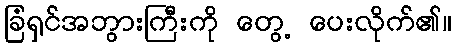
ခြံရှင်အဘွားကြီးကို တွေ့ ပေးလိုက်၏။